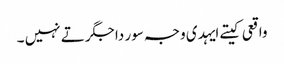
واقعی کیتے ایہدی وجہ سور دا جگر تے نہیں ۔